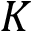
K